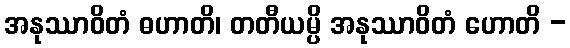
အနုဿာဝိတံ ဓဟာတိ၊ တတီယမ္ပိ အနုဿာဝိတံ ဟောတိ -